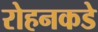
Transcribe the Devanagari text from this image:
रोहनकडे